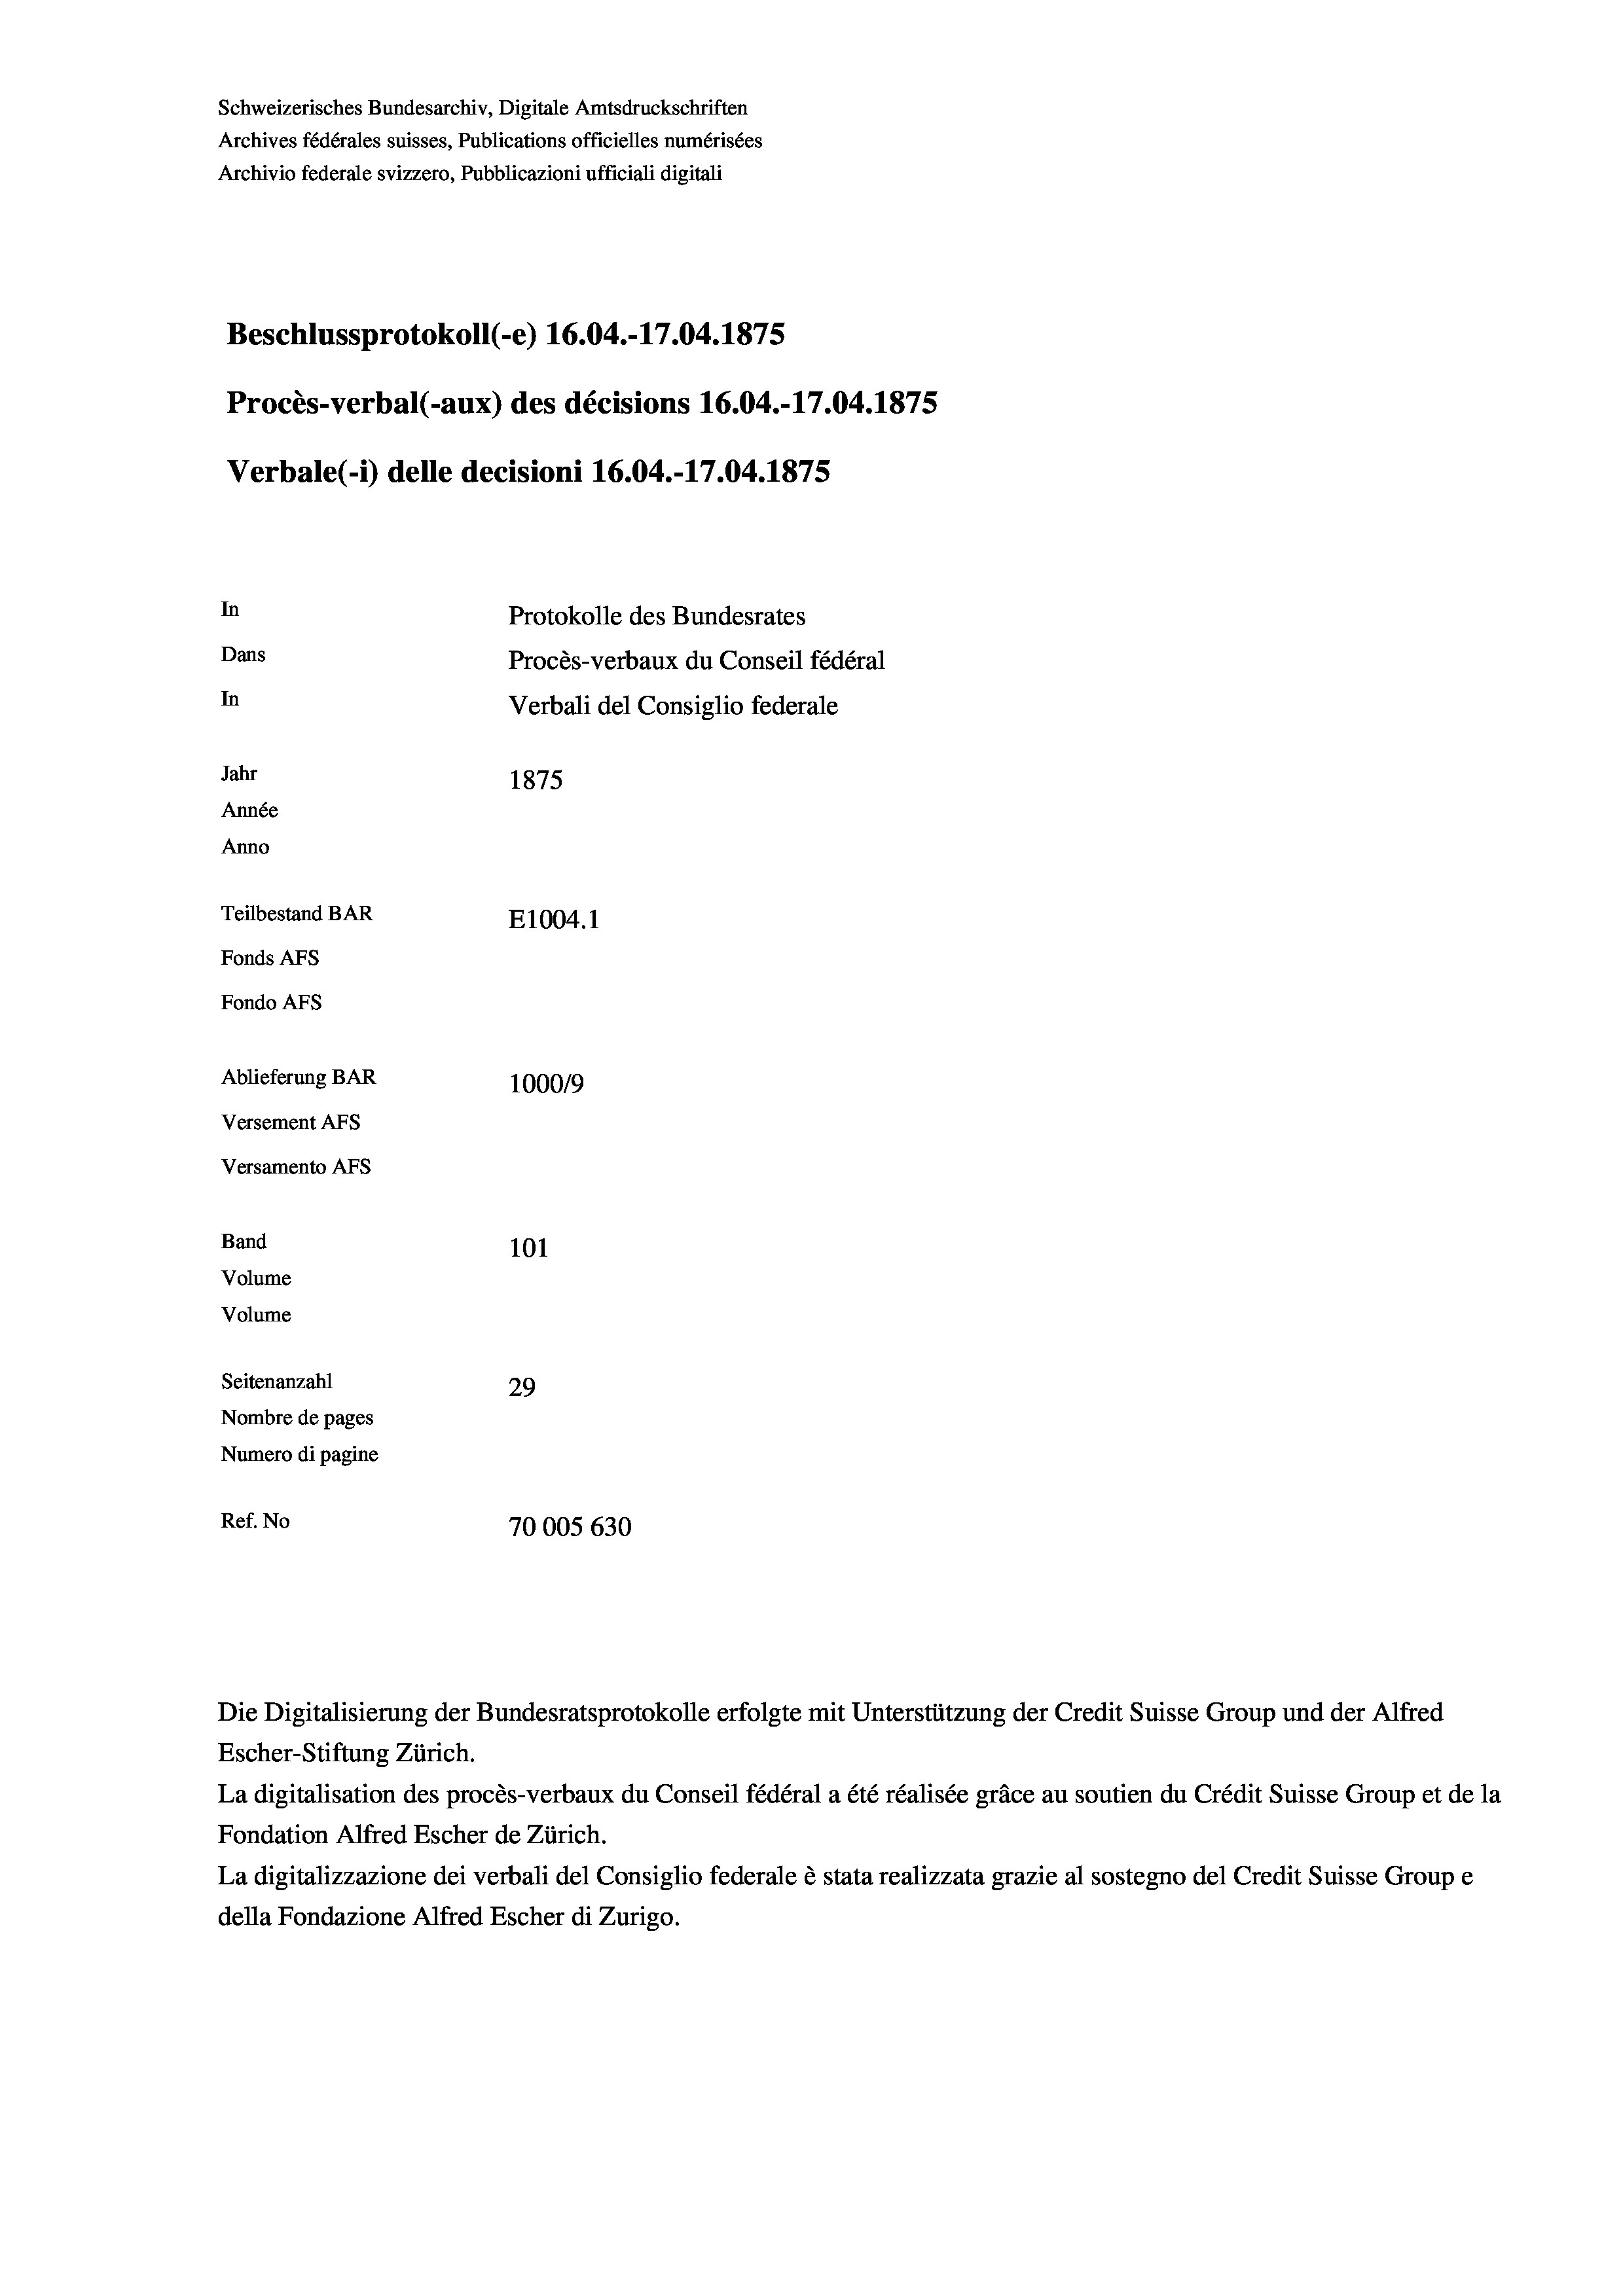
Schweizerisches Bundesarchiv, Digitale Amtsdruckschriften
Archives fédérales suisses, Publications officielles numérisées
Archivio federale svizzero, Pubblicazioni ufficiali digitali
Beschlussprotokoll (-e) 16.04.-17.04. 1875
Procès-verbal (-aux) des décisions 16.04.-17.04.1875
Verbale(*) delle decisioni 16.04.-17.04. 1875
In
Protokolle des Bundesrates
Dans
Procès-verbaux du Conseil fédéral
In
Verbali del Consiglio federale
Jahr
1875
Année
Anno
Teilbestand BAR
E1004.1
Fonds Afs
Fondo AFs
Ablieferung BAR
100019
Versement AFs
Versamento Afs
Band
101
Volume
Volume
Seitenanzahl
29
Nombre de pages
Numero di pagine
Ref. No
70005630

Die Digitalisierung der Bundesratsprotokolle erfolgte mit Unterstützung der Credit Suisse Group und der Alfred
Escher-Stiftung Zürich.
La digitalisation des procès-verbaux du Conseil fédéral a été réalisée gräce au soutien du Crédit Suisse Group et de la
Fondation Alfred Escher de Zürich.
La digitalizzazione dei verbali del Consiglio federale è stata realizzata grazie al sostegno del Credit Suisse Groupe
della Fondazione Alfred Escher di Zurigo.